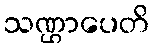
သဏ္ဌာပေတိ